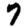
Digit: 7